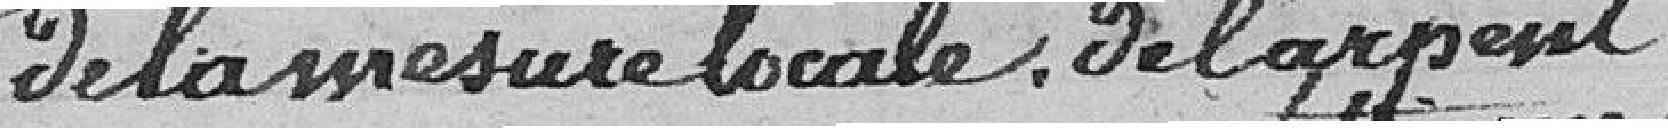
de la mesure de l'arpent